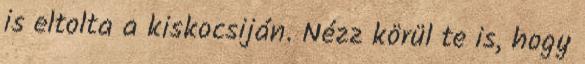
is eltolta a kiskocsiján. Nézz körül te is, hogy